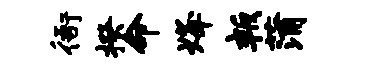
衙揆命烽叛蒲